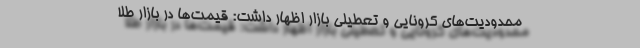
محدودیت‌های کرونایی و تعطیلی بازار اظهار داشت: قیمت‌ها در بازار طلا